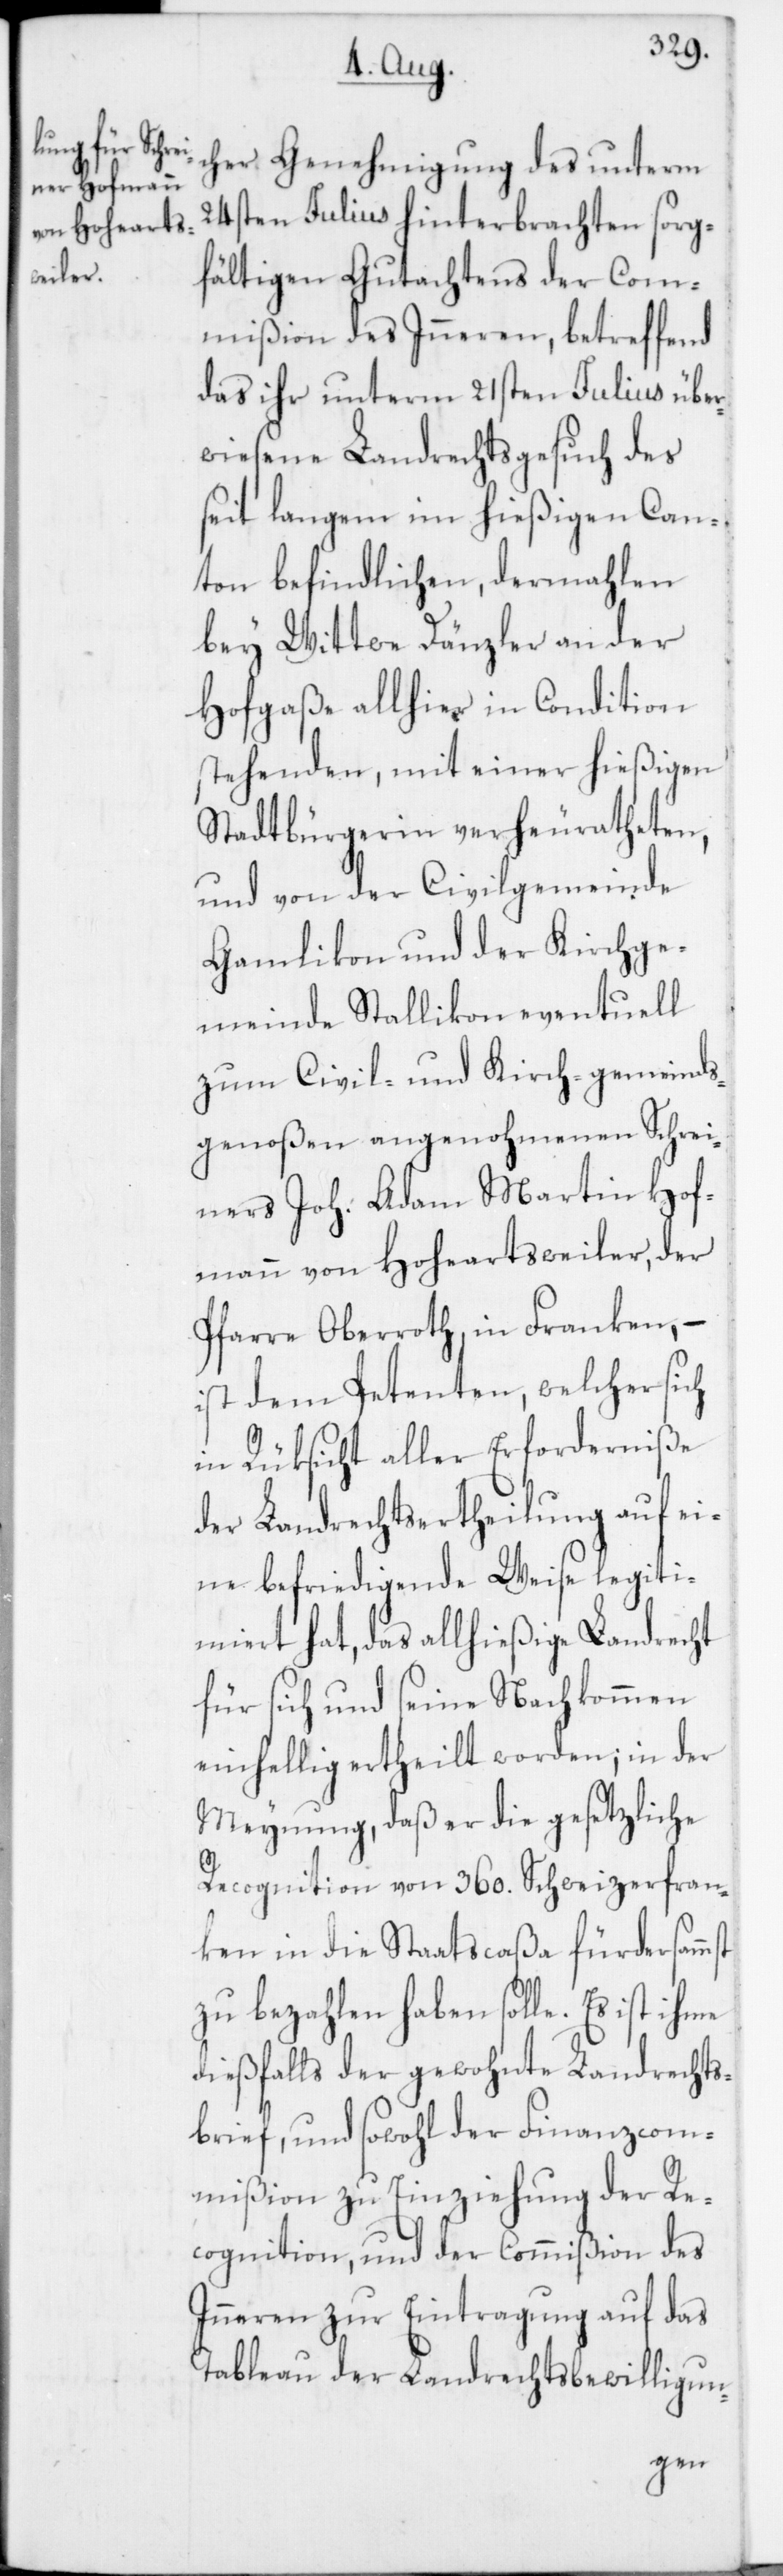
cher Genehmigung des unterm
24sten Julius hinterbrachten sorg¬
fältigen Gutachtens der Com¬
mißion des Inneren, betreffend
das ihr unterm 21sten Julius über¬
wiesene Landrechtsgesuch des
seit langem im hießigen Can¬
ton befindlichen, dermahlen
bey Wittwe Dänzler an der
Hofgaße allhier in Condition
stehenden, mit einer hießigen
Stadtbürgerin verheuratheten,
und von der Civilgemeinde
Gamlikon und der Kirchge¬
meinde Stallikon eventuell
zum Civil- und Kirchgemeinds¬
genoßen angenohmenen Schrei¬
ners Joh. Adam Martin Hof¬
mann von Hoheartsweiler, der
Pfarre Oberroth in Franken, –
ist dem Petenten, welcher sich
in Rüksicht aller Erforderniße
der Landrechtsertheilung auf ei¬
ne befriedigende Weise legiti¬
miert hat, das allhießige Landrecht
für sich und seine Nachkommen
einhellig ertheilt worden, in der
Meynung, daß er die gesetzliche
Recognition von 360. Schweizerfran¬
ken in die Staatscaßa fürdersammst
zu bezahlen haben solle. Es ist
dießfalls der gewohnte Landrechts¬
brief, und sowohl der Finanzcom¬
mißion zu Einziehung der Re¬
cognition und der Commißion des
Inneren zur Eintragung auf das
Tableau der Landrechtsbewilligun-